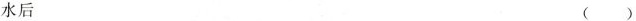
水后 ( )